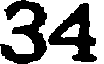
34